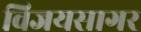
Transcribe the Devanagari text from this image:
विजयसागर